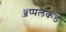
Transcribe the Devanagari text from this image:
ॲप्पलकडे